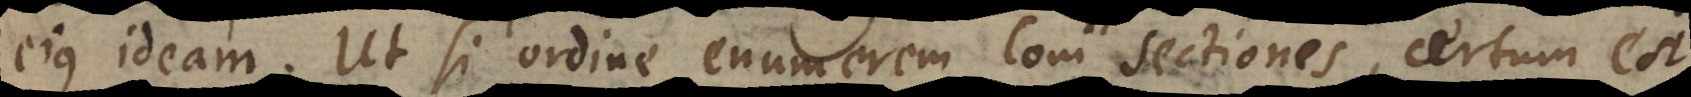
ejus ideam. Ut si ordine enumerem Coni sectiones, certum est